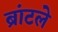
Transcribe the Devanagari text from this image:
ब्रांटले